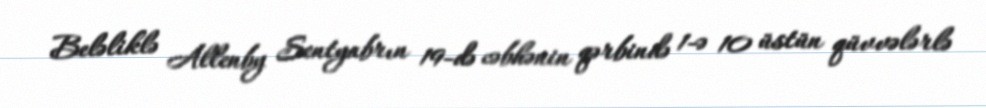
Beləliklə Allenby Sentyabrın 19-də cəbhənin qərbində 1-ə 10 üstün qüvvələrlə